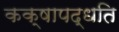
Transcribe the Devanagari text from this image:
कक्षापद्धति